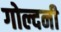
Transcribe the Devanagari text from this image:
गोल्दनी